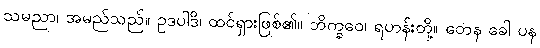
သမညာ၊ အမည်သည်။ ဥဒပါဒိ၊ ထင်ရှားဖြစ်၏။ ဘိက္ခဝေ၊ ရဟန်းတို့။ တေန ခေါ ပန